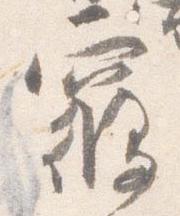
寝